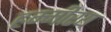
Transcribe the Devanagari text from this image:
हम्मीरय